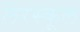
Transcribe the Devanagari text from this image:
लेरस्कूल